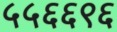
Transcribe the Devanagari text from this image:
५५६६९६